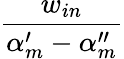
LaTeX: \frac{w_{in}}{\alpha_{m}^{\prime}-\alpha_{m}^{\prime\prime}}